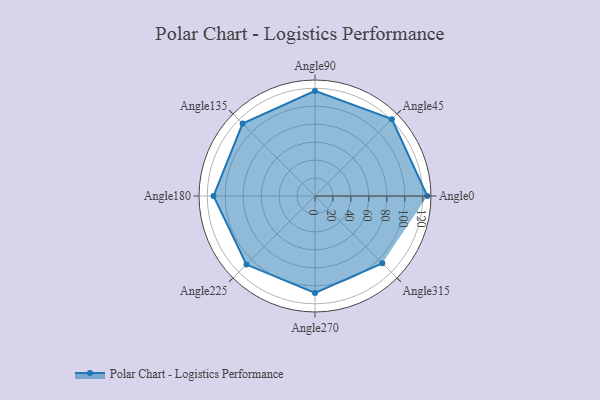
{"axis": {"x": "Angle", "y": "Radius"}, "legend": [""], "data": [{"x": "Angle0", "y": 125.0, "type": ""}, {"x": "Angle45", "y": 121.0, "type": ""}, {"x": "Angle90", "y": 117.0, "type": ""}, {"x": "Angle135", "y": 114.0, "type": ""}, {"x": "Angle180", "y": 113.0, "type": ""}, {"x": "Angle225", "y": 108.0, "type": ""}, {"x": "Angle270", "y": 108.0, "type": ""}, {"x": "Angle315", "y": 106.0, "type": ""}]}